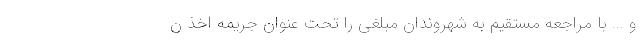
و ... با مراجعه مستقیم به شهروندان مبلغی را تحت عنوان جریمه اخذ ن